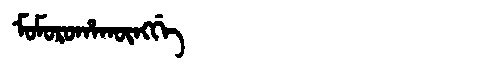
Manchu: ᠮᠣᠮᠣᡵᠣᡥᠠᡴᡡᠩᡤᡝ
Romanization: MOMOROHAKŪNGGE